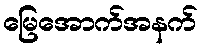
မြေအောက်အနက်